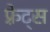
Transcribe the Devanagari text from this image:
फ़्रेट्स